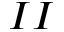
I I